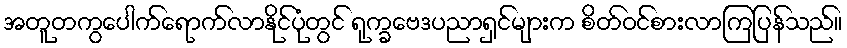
အတူတကွပေါက်ရောက်လာနိုင်ပုံတွင် ရုက္ခဗေဒပညာရှင်များက စိတ်ဝင်စားလာကြပြန်သည်။